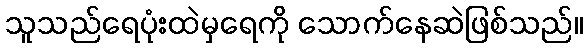
သူသည်ရေပုံးထဲမှရေကို သောက်နေဆဲဖြစ်သည်။